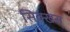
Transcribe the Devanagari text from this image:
सिक्खस्